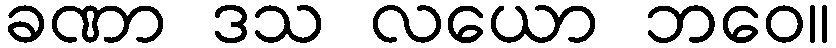
ခဏာ ဒသ လယော ဘဝေ။